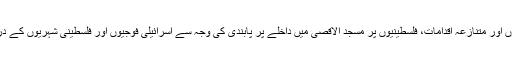
اسرائیلی فوج کے غیر انسانی کارروائیوں اور متنازعہ اقدامات، فلسطینیوں پر مسجد الاقصی میں داخلے پر پابندی کی وجہ سے اسرائیلی فوجیوں اور فلسطینی شہریوں کے درمیان کشیدگی میں مسلسل اضافہ ہو رہا۔